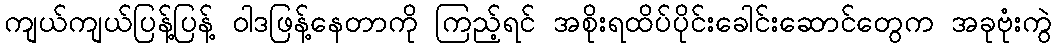
ကျယ်ကျယ်ပြန့်ပြန့် ဝါဒဖြန့်နေတာကို ကြည့်ရင် အစိုးရထိပ်ပိုင်းခေါင်းဆောင်တွေက အခုဗုံးကွဲ